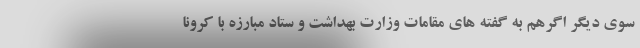
سوی دیگر اگرهم به گفته های مقامات وزارت بهداشت و ستاد مبارزه با کرونا